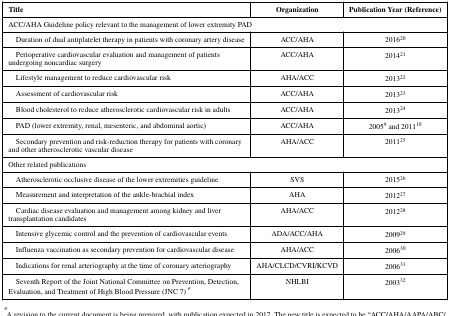
| Title | Organization | Publication Year (Reference) |
 | --- | --- | --- |
 | <COLSPAN=3> ACC/AHA Guideline policy relevantto the management of lower extremity PAD |
 | Duration of dual antiplatelet therapyin patients with coronary artery disease | ACC/AHA | 201620 |
 | Perioperative cardiovascularevaluation and management of patients undergoing noncardiac surgery | ACC/AHA | 201421 |
 | Lifestyle management to reducecardiovascular risk | AHA/ACC | 201322 |
 | Assessment of cardiovascularrisk | ACC/AHA | 201323 |
 | Blood cholesterol to reduceatherosclerotic cardiovascular risk in adults | ACC/AHA | 201324 |
 | PAD (lower extremity, renal,mesenteric, and abdominal aortic) | ACC/AHA | 20059 and 201110 |
 | Secondary prevention andrisk-reduction therapy for patients with coronary and otheratherosclerotic vascular disease | AHA/ACC | 201125 |
 | <COLSPAN=3> Other related publications |
 | Atherosclerotic occlusive disease ofthe lower extremities guideline | SVS | 201526 |
 | Measurement and interpretation of theankle-brachial index | AHA | 201227 |
 | Cardiac disease evaluation andmanagement among kidney and liver transplantation candidates | AHA/ACC | 201228 |
 | Intensive glycemic control and theprevention of cardiovascular events | ADA/ACC/AHA | 200929 |
 | Influenza vaccination as secondaryprevention for cardiovascular disease | AHA/ACC | 200630 |
 | Indications for renal arteriographyat the time of coronary arteriography | AHA/CLCD/CVRI/KCVD | 200631 |
 | Seventh Report of the Joint NationalCommittee on Prevention, Detection, Evaluation, and Treatment of HighBlood Pressure (JNC 7)* | NHLBI | 200332 |